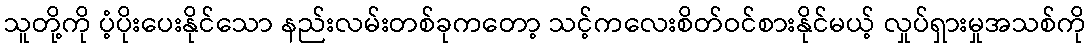
သူတို့ကို ပံ့ပိုးပေးနိုင်သော နည်းလမ်းတစ်ခုကတော့ သင့်ကလေးစိတ်ဝင်စားနိုင်မယ့် လှုပ်ရှားမှုအသစ်ကို